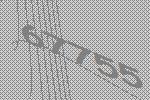
67755